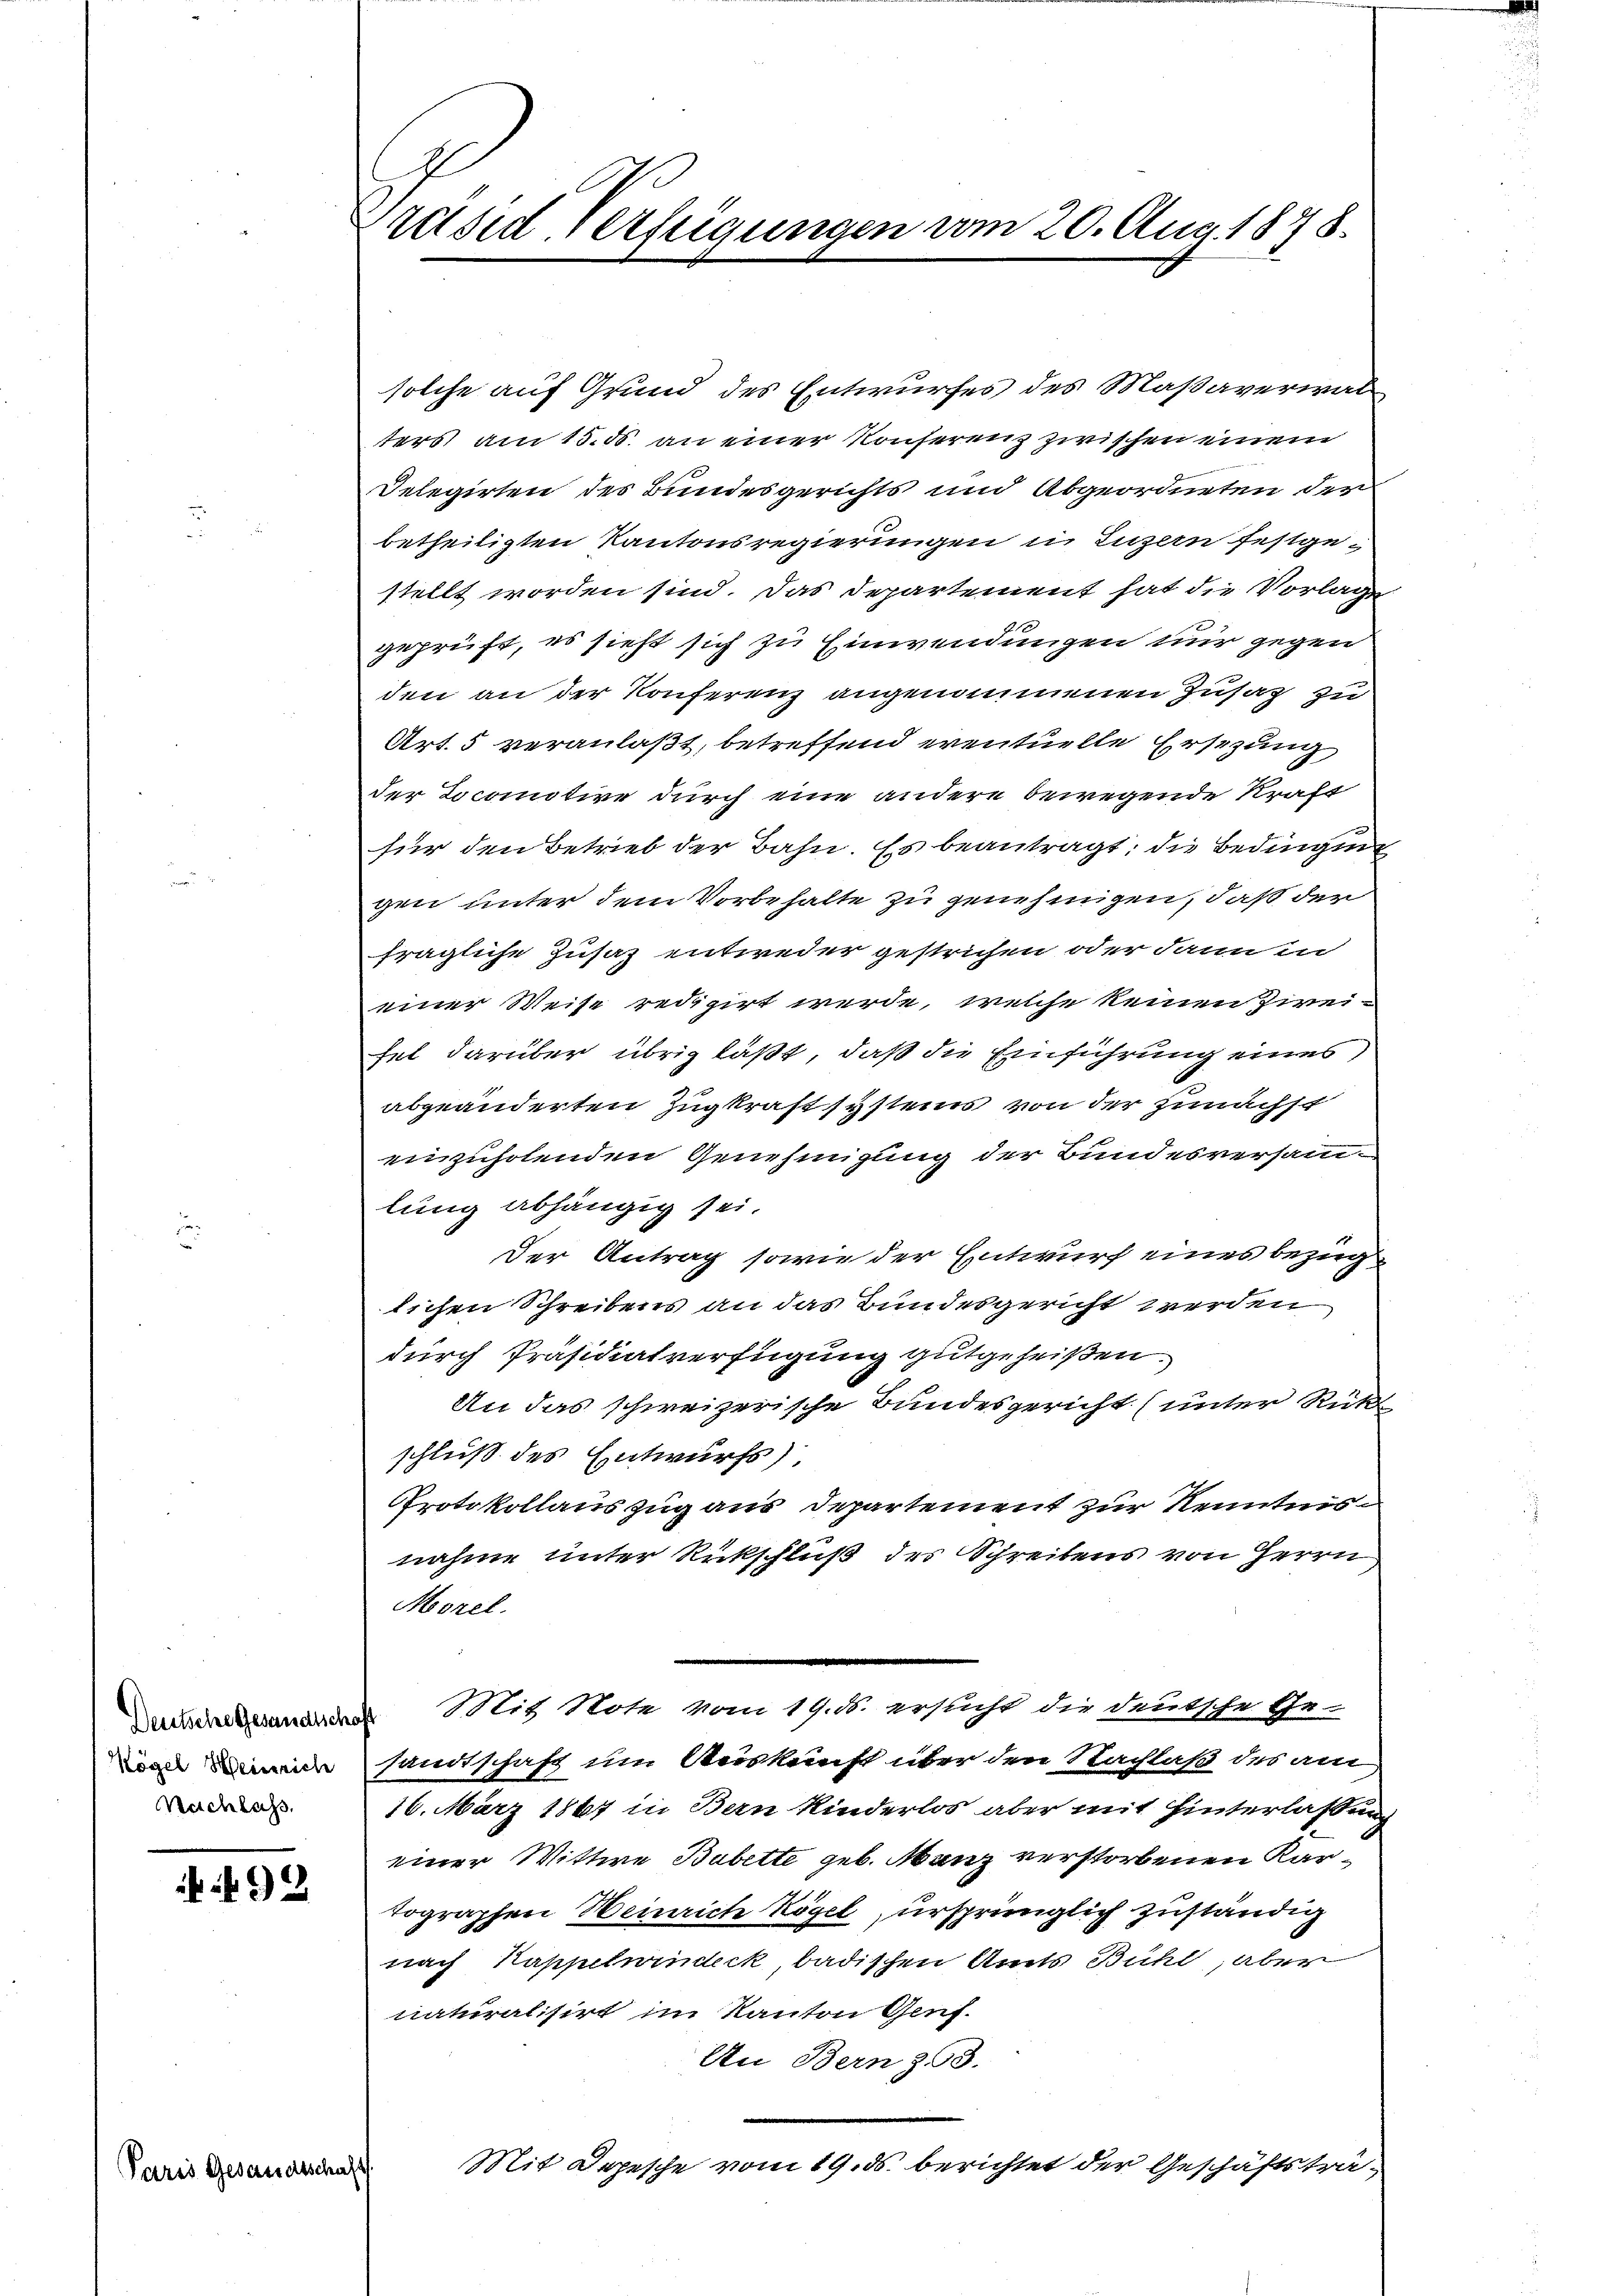
Deutsche Gesundschaf
Kögel Heinrich
Nachlass,

492

arsi Gesandtsc

räsid. Verfeigungen vom 20. Aug. 1878.

solche auf Grund des Entwurfes des Maßaverwalters am 15. ds. an einer Konserenz zwischen einem
Delegirten des Bundesgerichts und Abgeordneten der
betheiligten Kantonsregierungen in Luzern festgestellt worden sind. Das Departement hat die Vorlage
geprüft, es sieht sich zu Einwendungen nur gegen
den an der Konferenz angenommenen Zusatz zu
Art. 5 veranlaßt, betreffend eventuelle Ersezung
der Locomotive durch eine andere bewegende Kraft
für den Betrieb der Bahn. Es beantragt, die Bedingung
gen unter dem Vorbehalte zu genehmigen, daß der
fragliche Zusaz entweder gestrichen oder dann in
einer Weise redigirt werde, welche keinen Zirei-
hel darüber übrig läßt, daß die Einführung eines,
abgeänderten Zugkraft systems von der Zunächst
einzuholenden Genehmigung der Bundesversamlung abhängig sei.
Der Antrag sowie der Entwurf eines bezuglichen Schreibens an das Bundesgericht werden
durch Präsidialverfügung gutgeheißen.
An das schweizerische Bundesgericht (unter Rück
schluß des Entwurfs)
Protokollauszug aus Departement zur Kenntnisnahme unter Rückschluß des Schreibens von Herrn
Morel
Mit Note vom 19. ds. ersucht die deutsche Gesandtschaft im Auskunft über den Nachlaß des am
16. März 1867 in Bern Kinderlos aber mit Hinterlassung
einer Wittwe Babette geb. Manz verstorbenen Kartographen Heinrich Kögel, ursprünglich zuständig
nach Kappelwindeck badischen Amts Bühl, aber
naturalisirt im Kanton Genf.
An Bern z. 93.
Mit Depesche vom 19. ds. berichtet der Geschäftstra¬